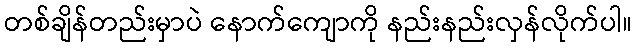
တစ်ချိန်တည်းမှာပဲ နောက်ကျောကို နည်းနည်းလှန်လိုက်ပါ။